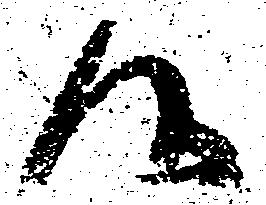
候